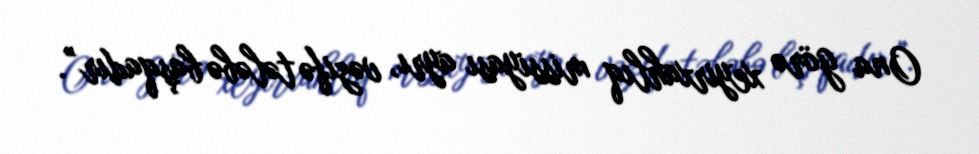
Ona görə xeyirxahlıq missiyası ayrı, vəzifə tələbə başqadır”.